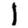
Digit: 1